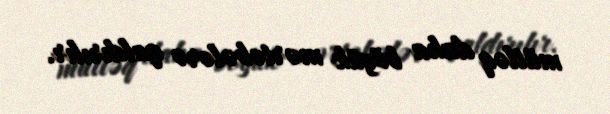
mütləq daha böyük mərtəbələrə qaldırılır.